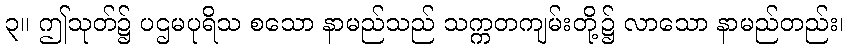
၃။ ဤသုတ်၌ ပဌမပုရိသ စသော နာမည်သည် သက္ကတကျမ်းတို့၌ လာသော နာမည်တည်း၊